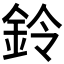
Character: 鈴